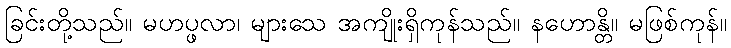
ခြင်းတို့သည်။ မဟပ္ဖလာ၊ များသေ အကျိုးရှိကုန်သည်။ နဟောန္တိ။ မဖြစ်ကုန်။